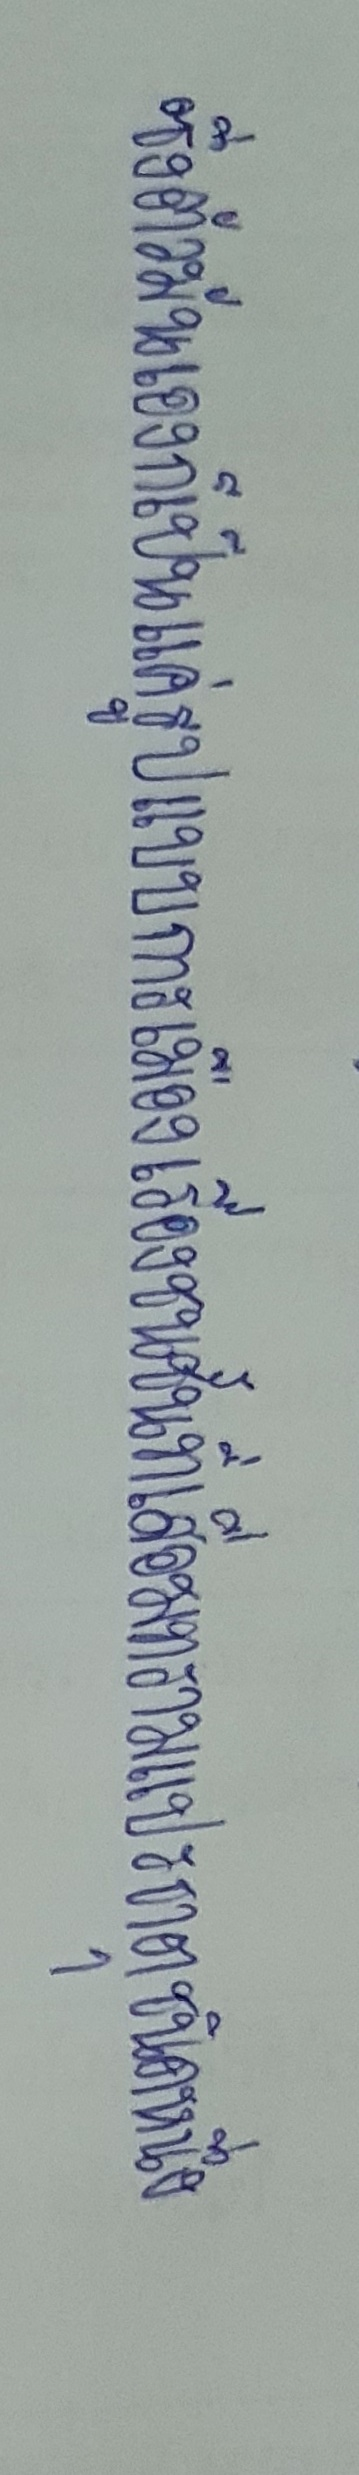
ซึ่งตัวมันเองก็เป็นแค่รูปแบบการเมืองเรื่องชนชั้นที่เสื่อมทรามแปรธาตุชนิดหนึ่ง